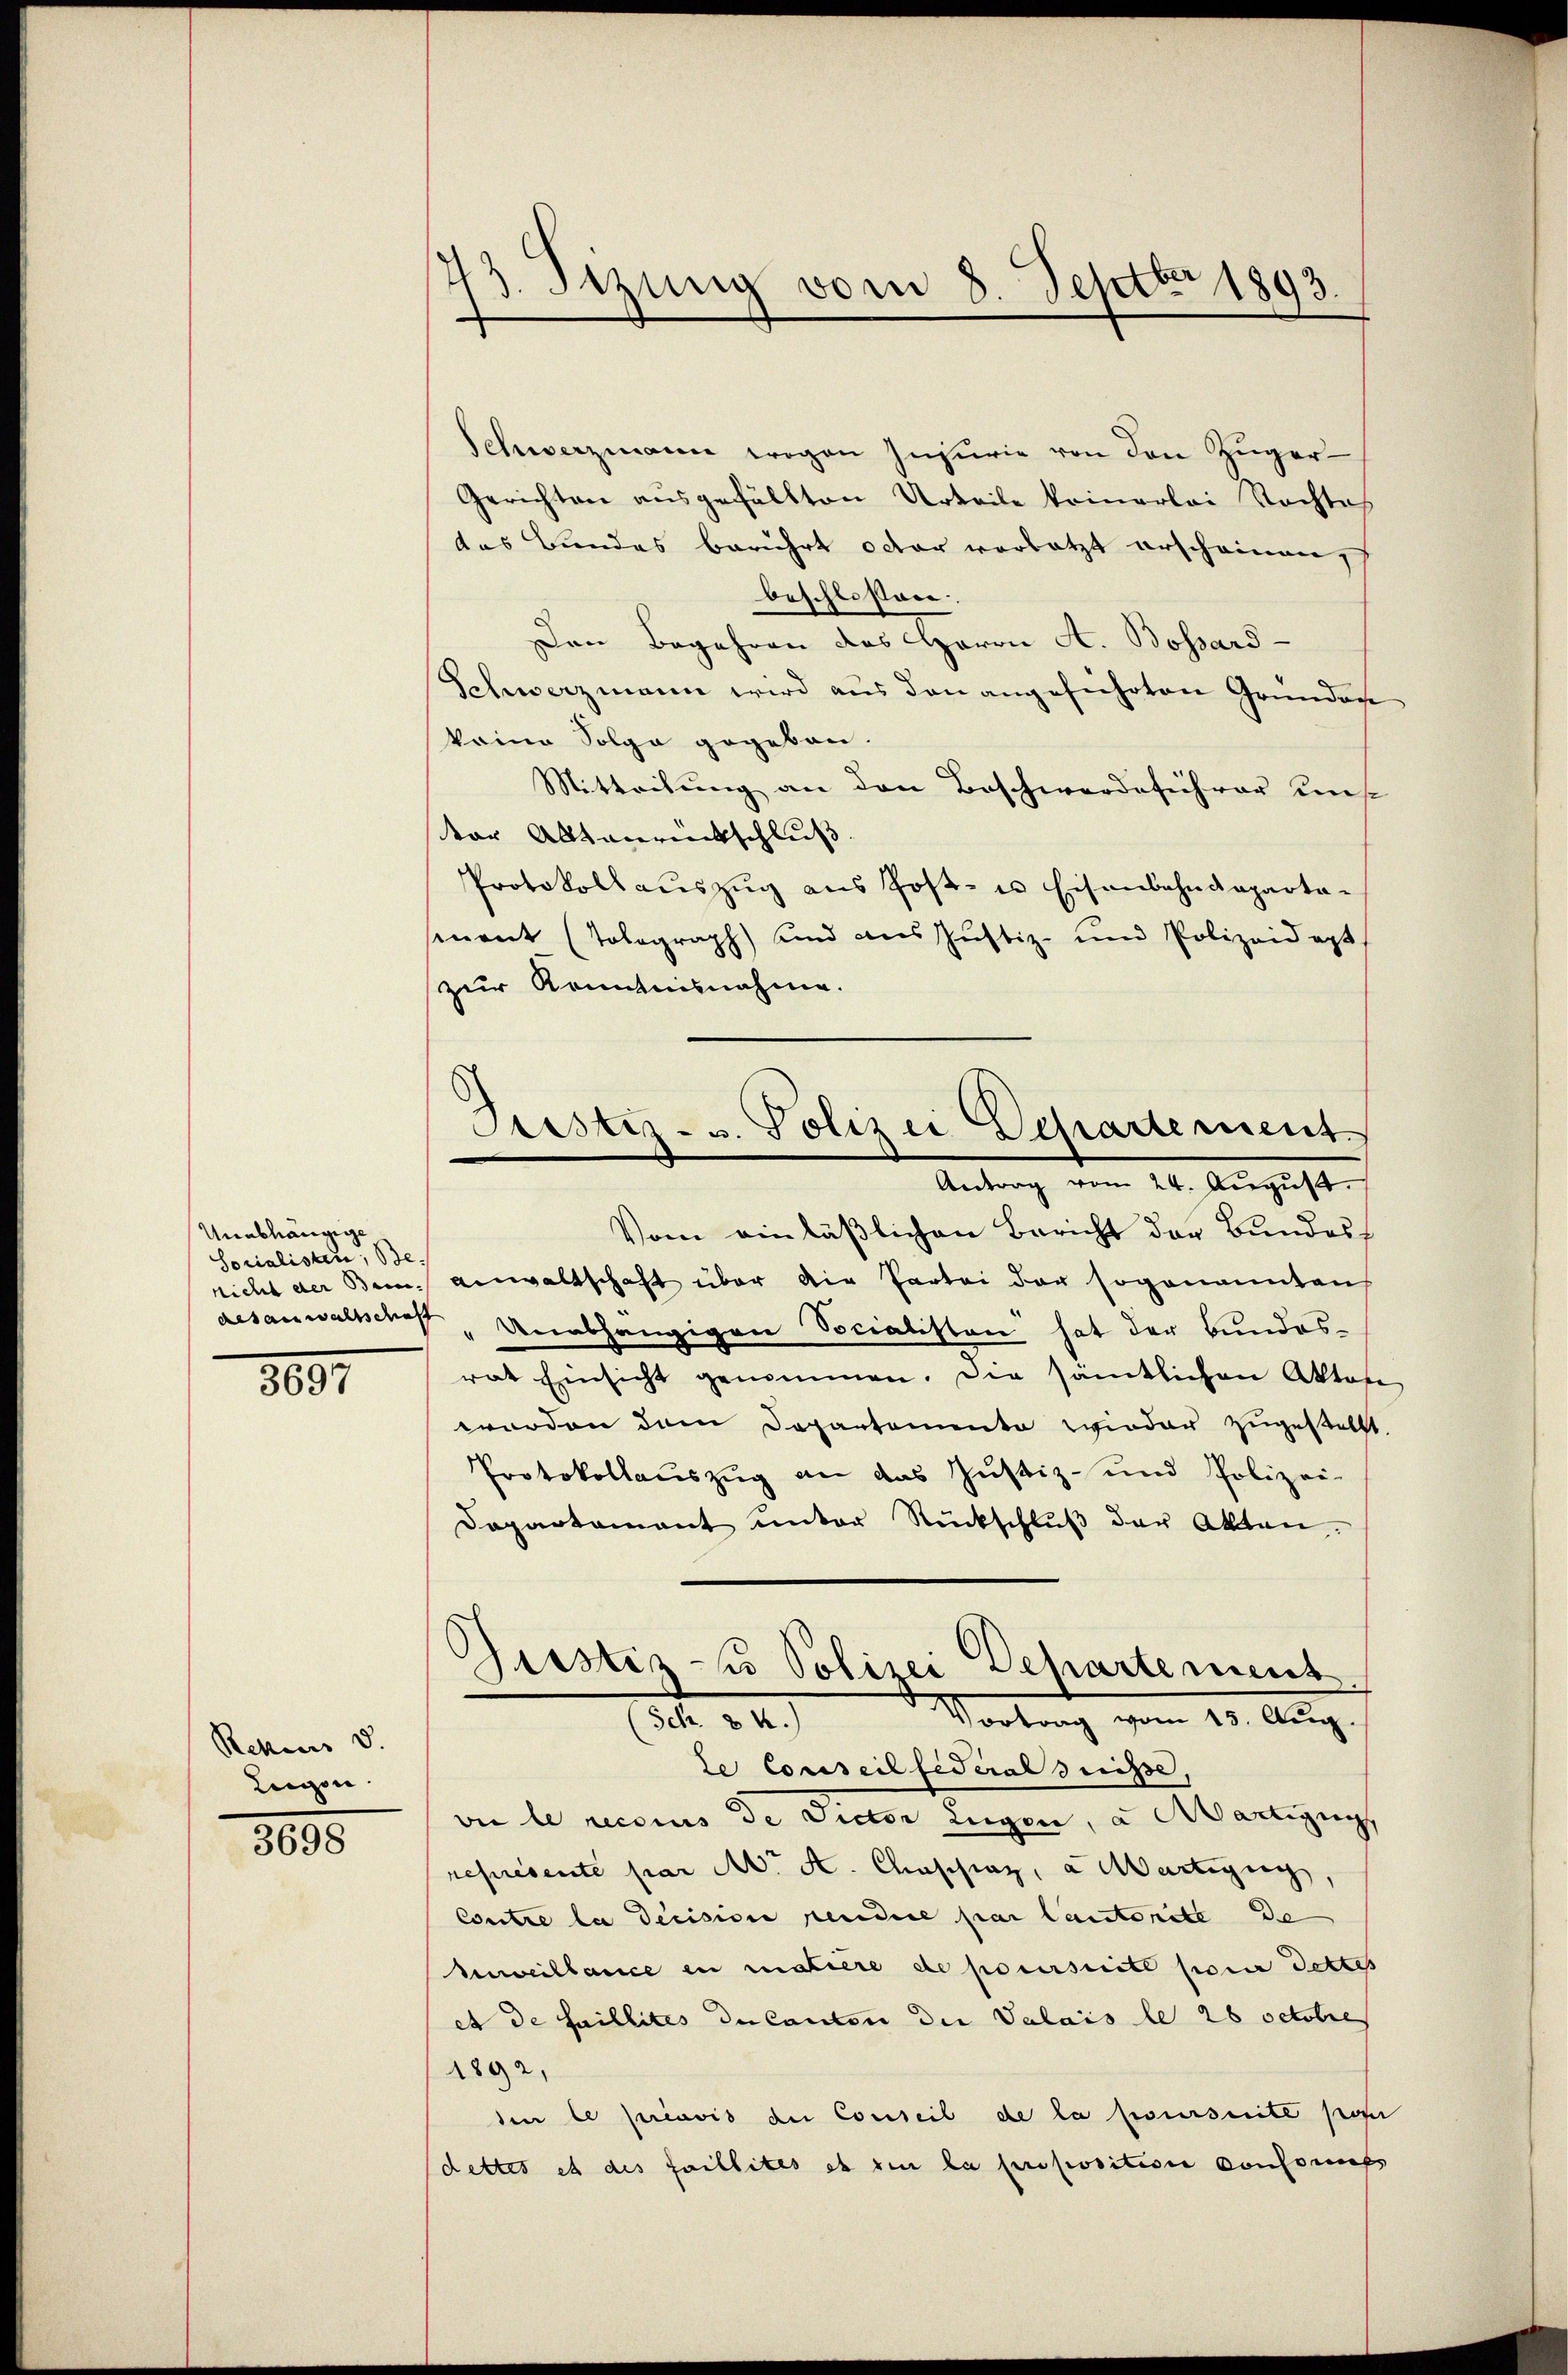
Unabhängige
Sorialisten, Benicht der Baum- |

3097

Rekens d.
Liegen.

8095

73. Sizung vom 8. Septbr 1893.

Schwerzmann wegen Insurie von den Züger-
Gerichten ausgefällten Urteile keinerlei Nachtes
das Bundes berührt oder vorletzt erscheinen
beschlossen.
Den Begehren des Herrn A. Bossard-
Schwerzmann wird aus den angeführten Grundare
keine Folge gegeben.
Mitteilung an den Beschwerde sicher uns
tor Altanrückschluß.
Protokollaŭszŭg aŭs Post- u Eisenbahndeparta-
sement (Tolograph) und aus Justiz- und Polizeidept
zur Kenntnisnahme.
Vom einläßlichen Bericht der Bundesh
Anwaltschaft über die Partei der sogenannten
aesanwaltsches Unabhängigen Socialisten hat der Bundesrat Einsicht genommen. Die sämtlichen Akten
worden dem Departemente wieder zugestellt.
Protokollauszug an das Justiz- und Polizei-
Dapartamant ŭnter Rückschlŭβ der Akten.
Gustiz-Co Polizei Dehartement
Vortrag vom 23. Aug.
3 24)
te Conseil fédéral Suisse,
vie le reccius de Pector Eugen, a Martigun
représente par A. A. Chassiaz, a Martigen,
Contre la decision rendere par lautorite de
Beweillance in matière de poursuite pour dettes
et de faillités du canten der Valais le 28 Octobres
1892,
den le préavis de Conseil de la poursuite posi
dettes et des faillites ob den la proposition Consomps

Justiz- u. Polizei Departement.
Antrag vom 24. August.